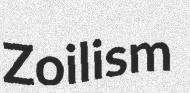
Zoilism